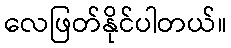
လေဖြတ်နိုင်ပါတယ်။